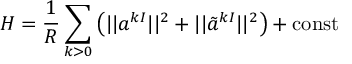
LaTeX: H = { \frac { 1 } { R } } \sum _ { k > 0 } \left( | | a ^ { k I } | | ^ { 2 } + | | \tilde { a } ^ { k I } | | ^ { 2 } \right) + \mathrm { c o n s t }